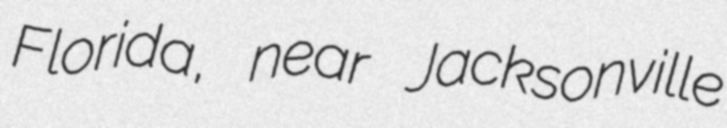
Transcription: Florida, near Jacksonville